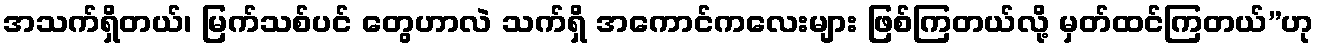
အသက်ရှိတယ်၊ မြက်သစ်ပင် တွေဟာလဲ သက်ရှိ အကောင်ကလေးများ ဖြစ်ကြတယ်လို့ မှတ်ထင်ကြတယ်”ဟု